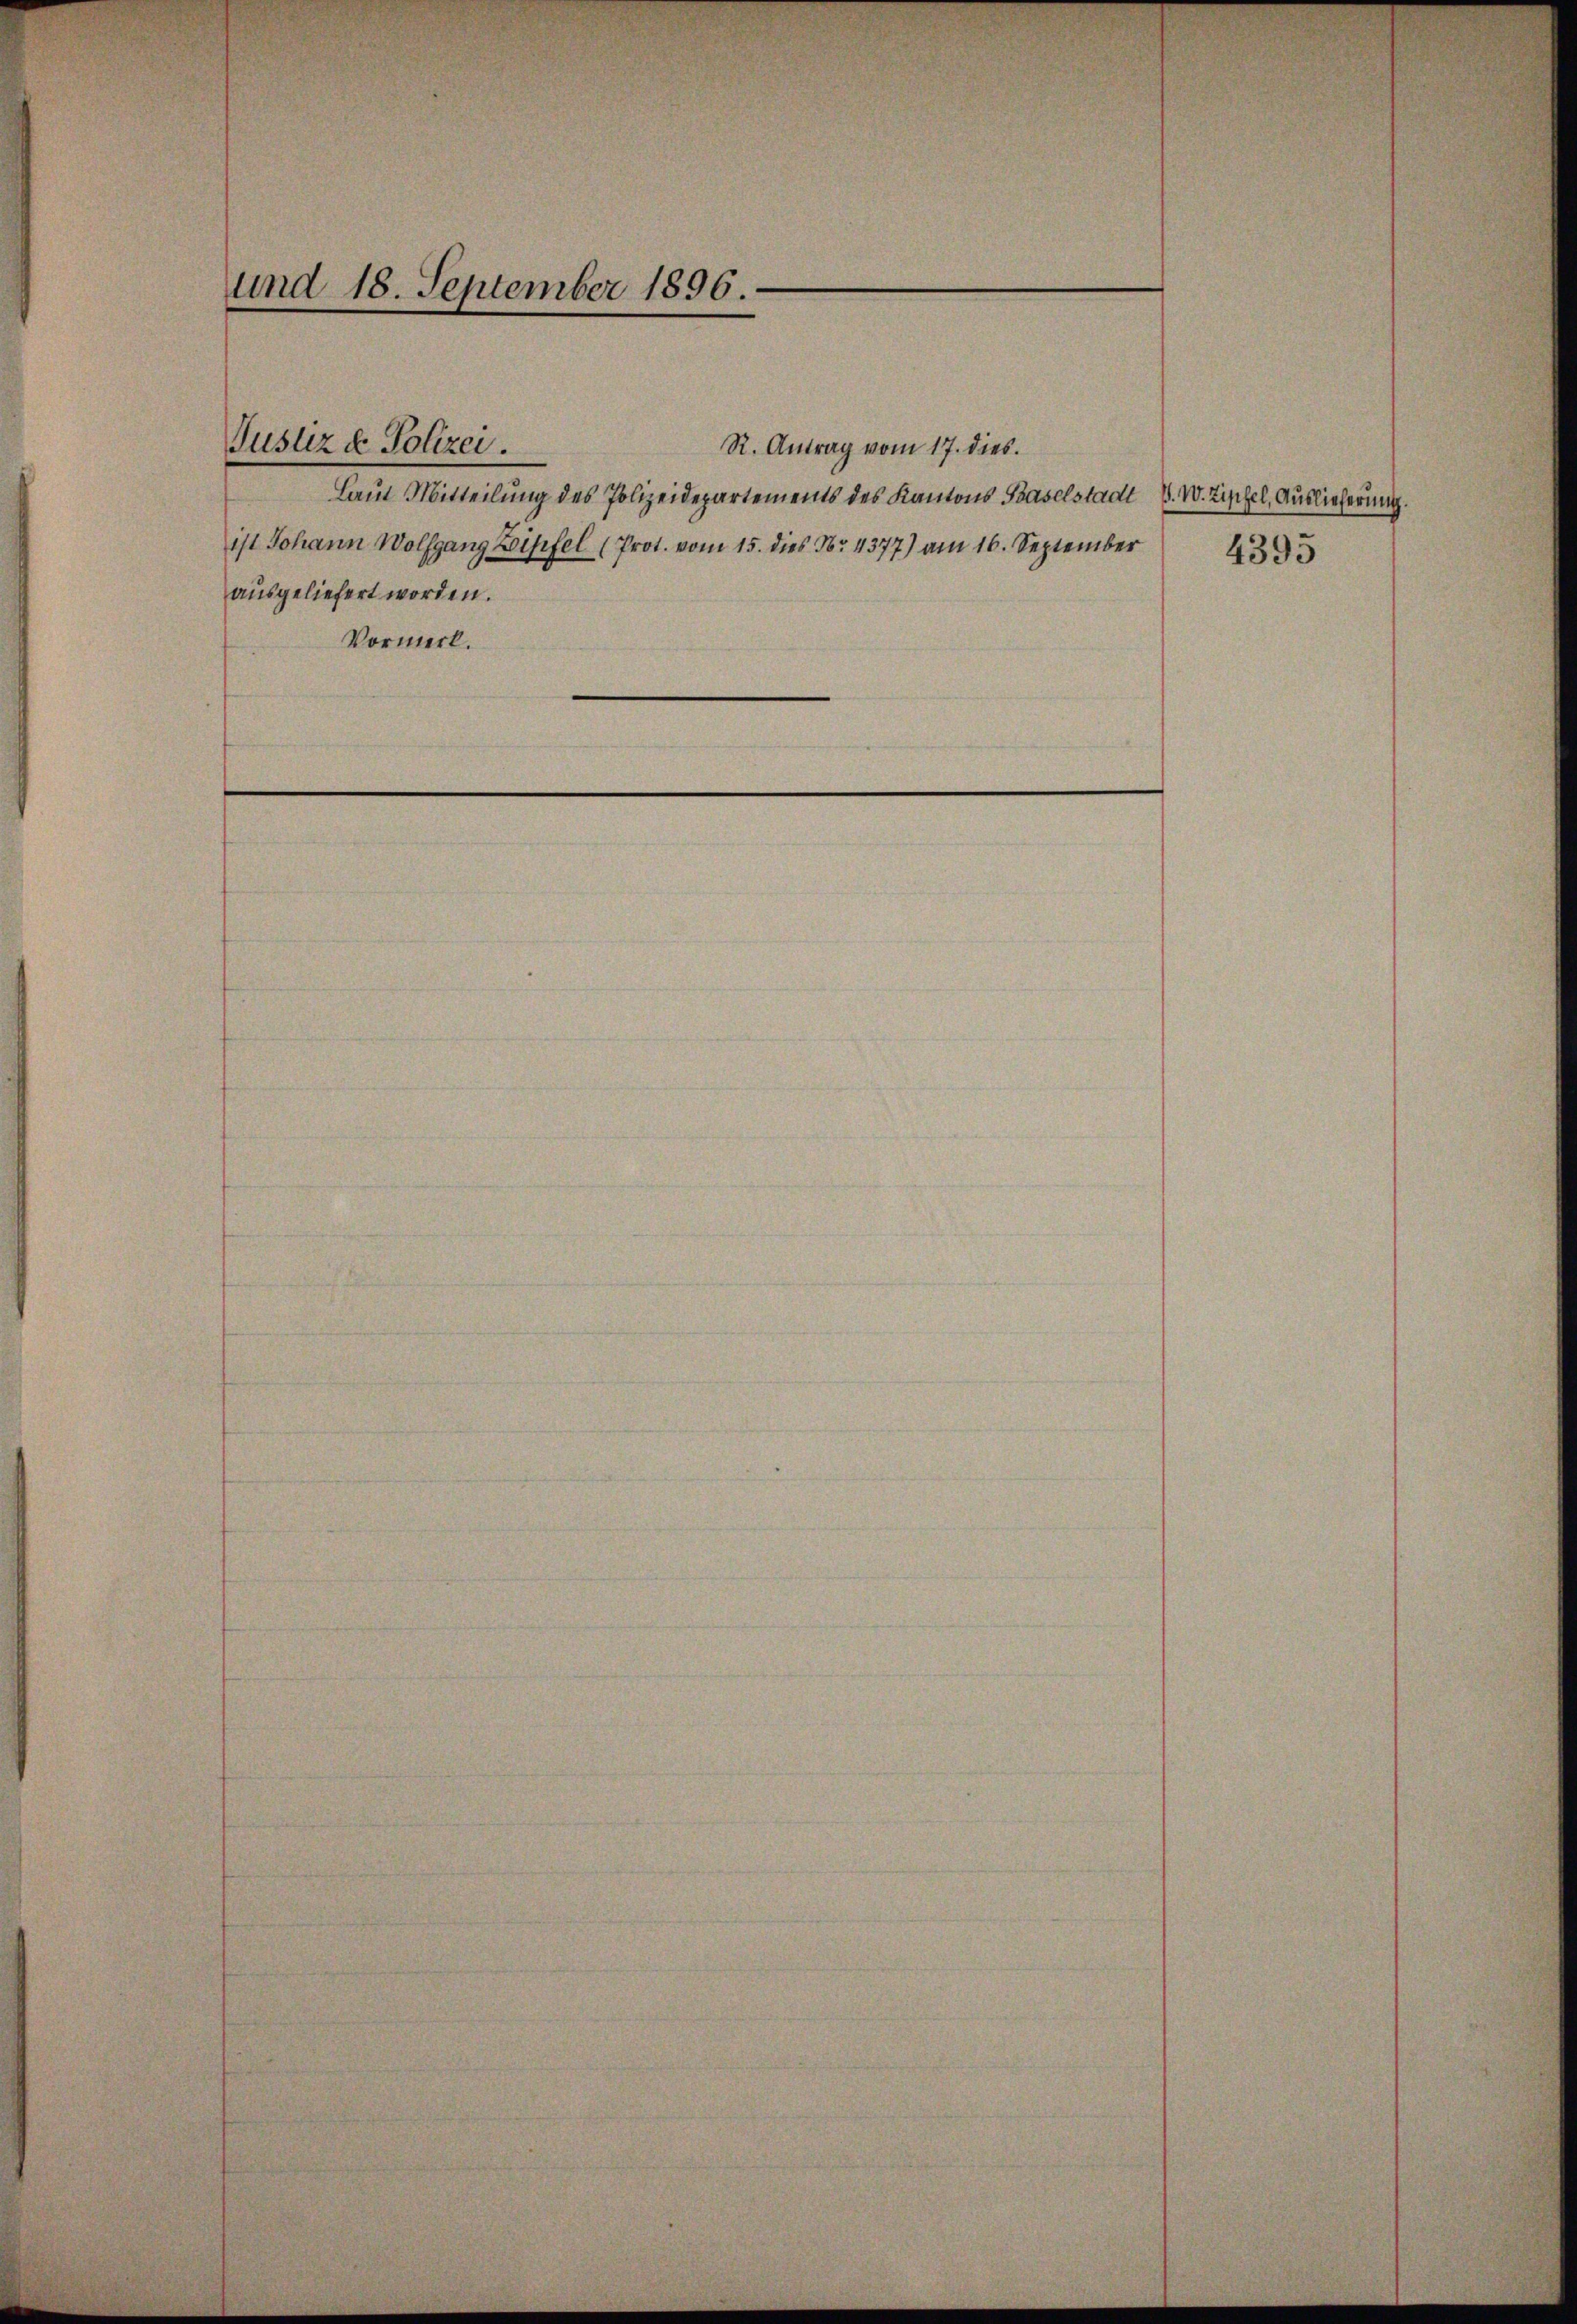
und 18. September 1896.

Justiz & Polizei

Laut Mitteilung des Polizeidepartements des Kantons Baselstadt V. W. Zychel, Auslieferung.
ist Johann Wolfgang Zipfel (Prot. vom 15. dies Nr. 4377) am 16. September
ausgeliefert worden.
Vormerk.

R. Antrag vom 17. dies

4393